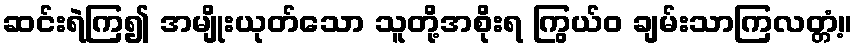
ဆင်းရဲကြ၍ အမျိုးယုတ်သော သူတို့အစိုးရ ကြွယ်ဝ ချမ်းသာကြလတ္တံ့။